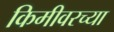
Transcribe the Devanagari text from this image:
किमीवरच्या